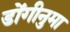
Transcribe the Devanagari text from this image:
डोंगीनुमा